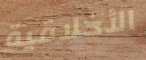
الأخلاقية